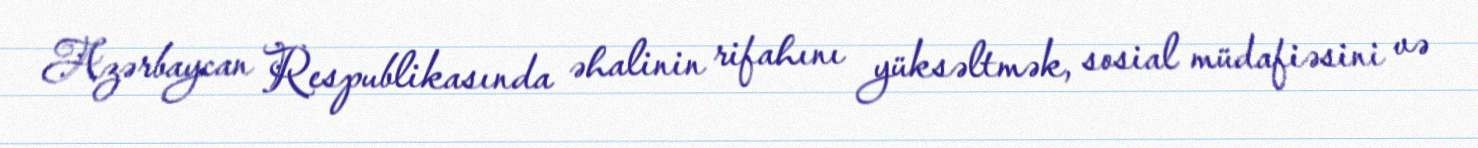
Azərbaycan Respublikasında əhalinin rifahını yüksəltmək, sosial müdafiəsini və